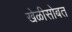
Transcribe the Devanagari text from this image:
खेळीसोबत